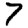
Digit: 7